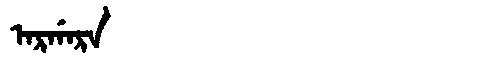
Manchu: ᠠᡵᡤᠠᡵᠠ
Romanization: ARGARA